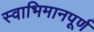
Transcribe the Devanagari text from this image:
स्वाभिमानपूर्ण